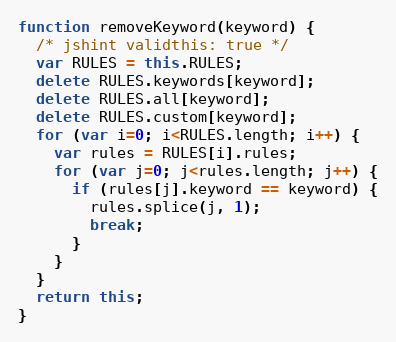
Language: JavaScript
function removeKeyword(keyword) {
  /* jshint validthis: true */
  var RULES = this.RULES;
  delete RULES.keywords[keyword];
  delete RULES.all[keyword];
  delete RULES.custom[keyword];
  for (var i=0; i<RULES.length; i++) {
    var rules = RULES[i].rules;
    for (var j=0; j<rules.length; j++) {
      if (rules[j].keyword == keyword) {
        rules.splice(j, 1);
        break;
      }
    }
  }
  return this;
}